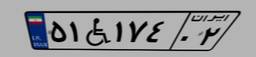
۹۹W۲۲۴۱۷